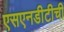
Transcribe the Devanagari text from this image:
एसएनडीटीची